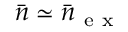
\bar { n } \simeq \bar { n } _ { \mathrm { ~ e ~ x ~ } }